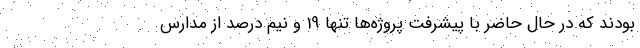
بودند که در حال حاضر با پیشرفت پروژه‌ها تنها 19 و نیم درصد از مدارس